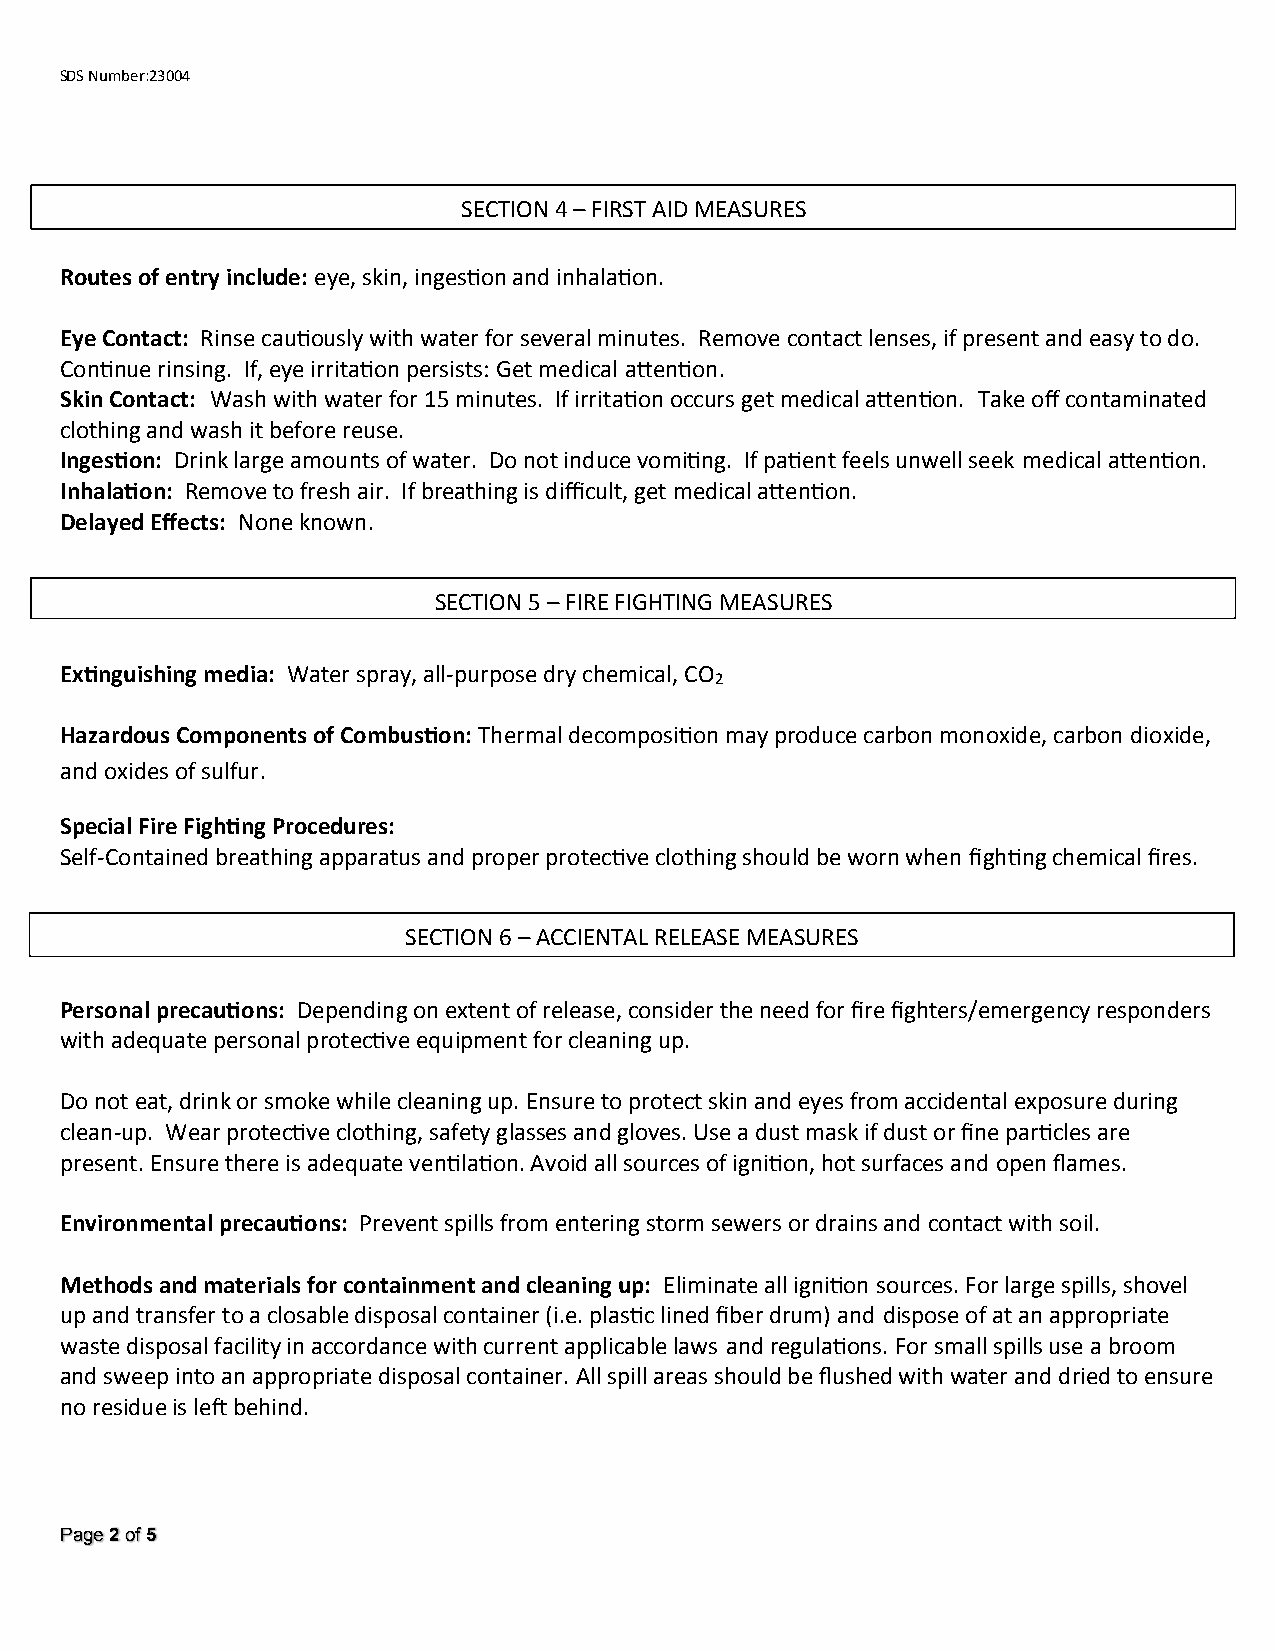
affresh™ Dishwasher cleaner
 SDS Number:23004
 SECTION 4 – FIRST AID MEASURES
 Routes of entry include: eye, skin, ingestion and inhalation.
 Eye Contact: Rinse cautiously with water for several minutes. Remove contact lenses, if present and easy to do.
 Continue rinsing. If, eye irritation persists: Get medical attention.
 Skin Contact: Wash with water for 15 minutes. If irritation occurs get medical attention. Take off contaminated
 clothing and wash it before reuse.
 Ingestion: Drink large amounts of water. Do not induce vomiting. If patient feels unwell seek medical attention.
 Inhalation: Remove to fresh air. If breathing is difficult, get medical attention.
 Delayed Effects: None known.
 SECTION 5 – FIRE FIGHTING MEASURES
 Extinguishing media: Water spray, all-purpose dry chemical, CO
 2
 Hazardous Components of Combustion: Thermal decomposition may produce carbon monoxide, carbon dioxide,
 and oxides of sulfur.
 Special Fire Fighting Procedures:
 Self-Contained breathing apparatus and proper protective clothing should be worn when fighting chemical fires.
 SECTION 6 – ACCIENTAL RELEASE MEASURES
 Personal precautions: Depending on extent of release, consider the need for fire fighters/emergency responders
 with adequate personal protective equipment for cleaning up.
 Do not eat, drink or smoke while cleaning up. Ensure to protect skin and eyes from accidental exposure during
 clean-up. Wear protective clothing, safety glasses and gloves. Use a dust mask if dust or fine particles are
 present. Ensure there is adequate ventilation. Avoid all sources of ignition, hot surfaces and open flames.
 Environmental precautions: Prevent spills from entering storm sewers or drains and contact with soil.
 Methods and materials for containment and cleaning up: Eliminate all ignition sources. For large spills, shovel
 up and transfer to a closable disposal container (i.e. plastic lined fiber drum) and dispose of at an appropriate
 waste disposal facility in accordance with current applicable laws and regulations. For small spills use a broom
 and sweep into an appropriate disposal container. All spill areas should be flushed with water and dried to ensure
 no residue is left behind.
 Page 2 of 5